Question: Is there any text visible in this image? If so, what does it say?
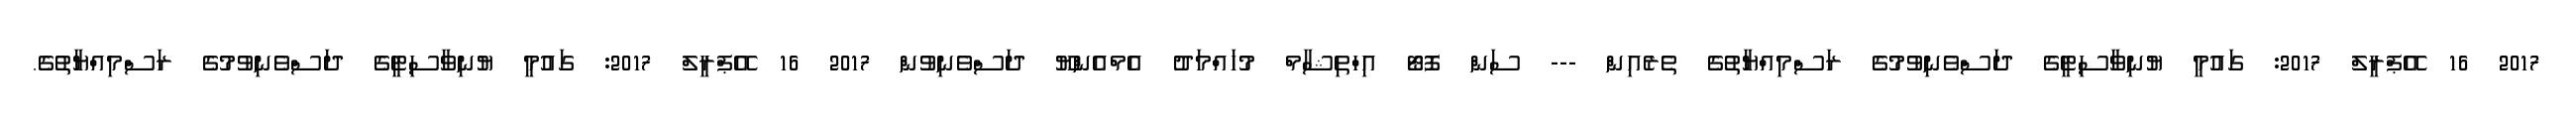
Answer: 2017 16 އޭޕްރީލް 2017: ގައުމީ ޔުނިވާސިޓީގެ ދަސްވެނިވުމުގެ ރަސްމިއްޔާތުގެ ތެރެއިން --- ސަން ފޮޓޯ އިހްތިޝާމް މުހައްމަދު އެމްއެންޔޫ ދަސްވެނިވުން 2017 16 އޭޕްރީލް 2017: ގައުމީ ޔުނިވާސިޓީގެ ދަސްވެނިވުމުގެ ރަސްމިއްޔާތުގެ.